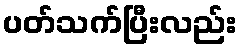
ပတ်သက်ပြီးလည်း